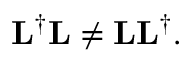
\mathbf { L } ^ { \dagger } \mathbf { L } \neq \mathbf { L L } ^ { \dagger } .